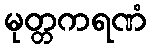
မုတ္တကရဏံ